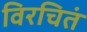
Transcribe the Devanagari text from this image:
विरचितं